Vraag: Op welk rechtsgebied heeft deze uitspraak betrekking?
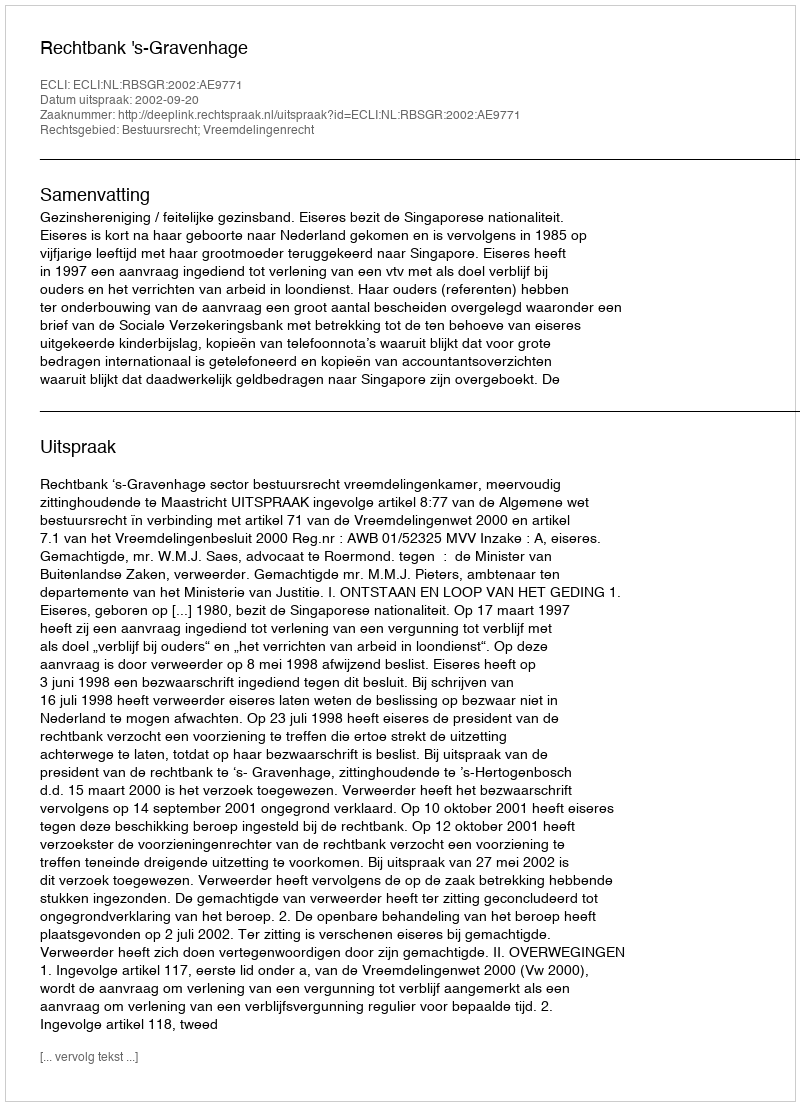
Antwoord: Bestuursrecht; Vreemdelingenrecht